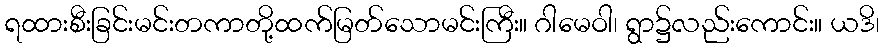
ရထားစီးခြင်းမင်းတကာတို့ထက်မြတ်သောမင်းကြီး။ ဂါမေဝါ၊ ရွာ၌လည်းကောင်း။ ယဒိ၊